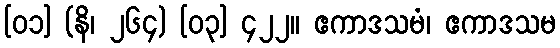
[၀၁] (နိ၊ ၂၆၄) [၀၃] ၄၂၂။ ဧကာဒသမံ၊ ဧကာဒသမ